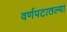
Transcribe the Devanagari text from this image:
वर्णपटातल्या